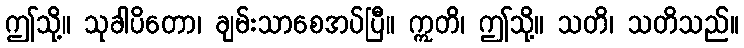
ဤသို့။ သုခါပိတော၊ ချမ်းသာစေအပ်ပြီ။ ဣတိ၊ ဤသို့။ သတိ၊ သတိသည်။